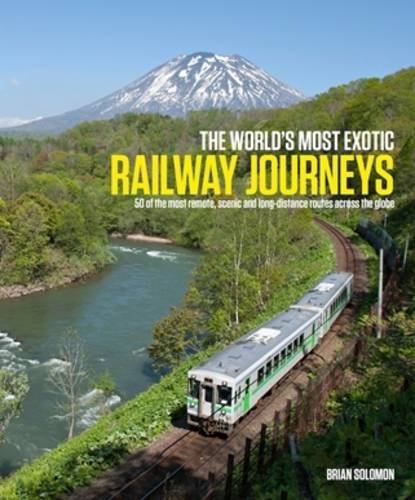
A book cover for The World's Most Exotic Railway Journeys; Brian Solomon; Travel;